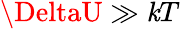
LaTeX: \DeltaU\gg\mathit{k}T